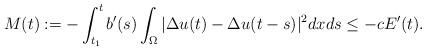
LaTeX: \begin{align*}M(t):= -\displaystyle \int_{t_1}^t b'(s)\int_{\Omega} |\Delta u(t)- \Delta u(t-s)|^2dxds \leq -cE'(t).\end{align*}